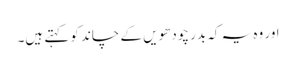
اور وہ یہ کہ بدر چودھویں کے چاند کو کہتے ہیں۔